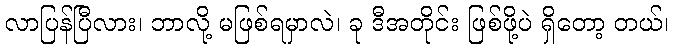
လာပြန်ပြီလား၊ ဘာလို့ မဖြစ်ရမှာလဲ၊ ခု ဒီအတိုင်း ဖြစ်ဖို့ပဲ ရှိတော့ တယ်၊